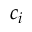
c _ { i }